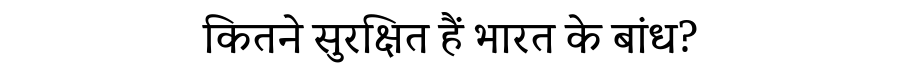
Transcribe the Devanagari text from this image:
कितने सुरक्षित हैं भारत के बांध?